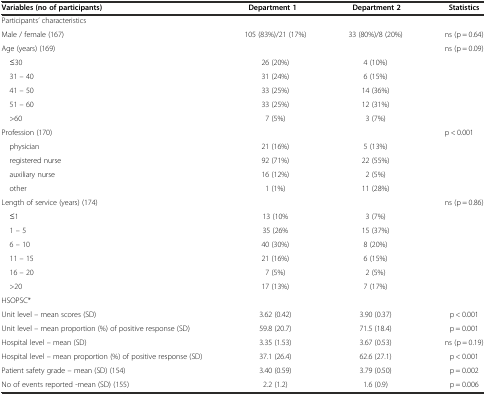
<table><thead><tr><td><b>Variables (no of participants)</b></td><td><b>Department 1</b></td><td><b>Department 2</b></td><td><b>Statistics</b></td></tr></thead><tbody><tr><td>Participants’ characteristics</td><td></td><td></td><td></td></tr><tr><td>Male / female (167)</td><td>105 (83%)/21 (17%)</td><td>33 (80%)/8 (20%)</td><td>ns (p = 0.64)</td></tr><tr><td>Age (years) (169)</td><td></td><td></td><td rowspan="6">ns (p = 0.09)</td></tr><tr><td> ≤30</td><td>26 (20%)</td><td>4 (10%)</td></tr><tr><td> 31 – 40</td><td>31 (24%)</td><td>6 (15%)</td></tr><tr><td> 41 – 50</td><td>33 (25%)</td><td>14 (36%)</td></tr><tr><td> 51 – 60</td><td>33 (25%)</td><td>12 (31%)</td></tr><tr><td> &gt;60</td><td>7 (5%)</td><td>3 (7%)</td></tr><tr><td>Profession (170)</td><td></td><td></td><td rowspan="5">p &lt; 0.001</td></tr><tr><td> physician</td><td>21 (16%)</td><td>5 (13%)</td></tr><tr><td> registered nurse</td><td>92 (71%)</td><td>22 (55%)</td></tr><tr><td> auxiliary nurse</td><td>16 (12%)</td><td>2 (5%)</td></tr><tr><td> other</td><td>1 (1%)</td><td>11 (28%)</td></tr><tr><td>Length of service (years) (174)</td><td></td><td></td><td rowspan="7">ns (p = 0.86)</td></tr><tr><td> ≤1</td><td>13 (10%</td><td>3 (7%)</td></tr><tr><td> 1 – 5</td><td>35 (26%</td><td>15 (37%)</td></tr><tr><td> 6 – 10</td><td>40 (30%)</td><td>8 (20%)</td></tr><tr><td> 11 – 15</td><td>21 (16%)</td><td>6 (15%)</td></tr><tr><td> 16 – 20</td><td>7 (5%)</td><td>2 (5%)</td></tr><tr><td> &gt;20</td><td>17 (13%)</td><td>7 (17%)</td></tr><tr><td>HSOPSC*</td><td></td><td></td><td></td></tr><tr><td>Unit level – mean scores (SD)</td><td>3.62 (0.42)</td><td>3.90 (0.37)</td><td>p &lt; 0.001</td></tr><tr><td>Unit level – mean proportion (%) of positive response (SD)</td><td>59.8 (20.7)</td><td>71.5 (18.4)</td><td>p = 0.001</td></tr><tr><td>Hospital level – mean (SD)</td><td>3.35 (1.53)</td><td>3.67 (0.53)</td><td>ns (p = 0.19)</td></tr><tr><td>Hospital level – mean proportion (%) of positive response (SD)</td><td>37.1 (26.4)</td><td>62.6 (27.1)</td><td>p &lt; 0.001</td></tr><tr><td>Patient safety grade – mean (SD) (154)</td><td>3.40 (0.59)</td><td>3.79 (0.50)</td><td>p = 0.002</td></tr><tr><td>No of events reported -mean (SD) (155)</td><td>2.2 (1.2)</td><td>1.6 (0.9)</td><td>p = 0.006</td></tr></tbody></table>